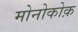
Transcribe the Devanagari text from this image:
मोनोकोक़